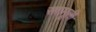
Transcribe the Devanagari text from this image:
सतमूली